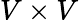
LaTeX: V\times V